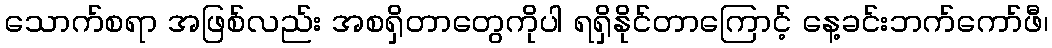
သောက်စရာ အဖြစ်လည်း အစရှိတာတွေကိုပါ ရရှိနိုင်တာကြောင့် နေ့ခင်းဘက်ကော်ဖီ၊